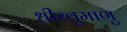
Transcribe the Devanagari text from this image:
धीरवुमाणु